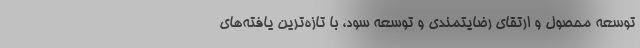
توسعه محصول و ارتقای رضایتمندی و توسعه سود، با تازه‌ترین یافته‌های